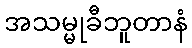
အသမ္မုခီဘူတာနံ